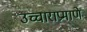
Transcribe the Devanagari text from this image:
उच्चाराप्रमाणे